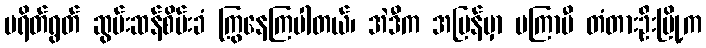
ပရိတ်ရွတ် ဆွမ်းဆန်စိမ်းခံ ကြွနေကြပါတယ်၊ အဲဒီက အပြန်မှာ မကြာမီ တံတားဦးမြို့က